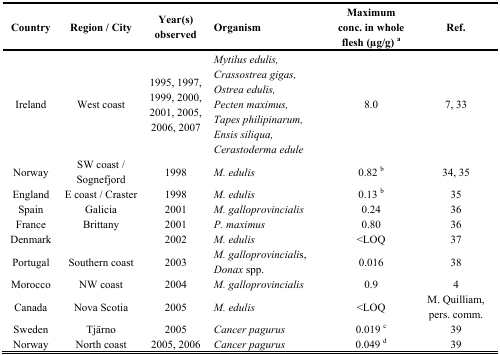
<table><thead><tr><td><b>Country</b></td><td><b>Region / City</b></td><td><b>Year(s) observed</b></td><td><b>Organism</b></td><td><b>Maximum conc. in whole flesh (μg/g)a</b></td><td><b>Ref.</b></td></tr></thead><tbody><tr><td>Ireland</td><td>West coast</td><td>1995, 1997, 1999, 2000, 2001, 2005, 2006, 2007</td><td><i>Mytilus edulis,Crassostrea gigas,Ostrea edulis,Pecten maximus, Tapes philipinarum, Ensis siliqua, Cerastoderma edule</i></td><td>8.0</td><td>7, 33</td></tr><tr><td>Norway</td><td>SW coast / Sognefjord</td><td>1998</td><td><i>M. edulis</i></td><td>0.82b</td><td>34, 35</td></tr><tr><td>England</td><td>E coast / Craster</td><td>1998</td><td><i>M. edulis</i></td><td>0.13b</td><td>35</td></tr><tr><td>Spain</td><td>Galicia</td><td>2001</td><td><i>M. galloprovincialis</i></td><td>0.24</td><td>36</td></tr><tr><td>France</td><td>Brittany</td><td>2001</td><td><i>P. maximus</i></td><td>0.80</td><td>36</td></tr><tr><td>Denmark</td><td></td><td>2002</td><td><i>M. edulis</i></td><td>&lt;LOQ</td><td>37</td></tr><tr><td>Portugal</td><td>Southern coast</td><td>2003</td><td><i>M. galloprovinciali</i>s, <i>Donax</i> spp.</td><td>0.016</td><td>38</td></tr><tr><td>Morocco</td><td>NW coast</td><td>2004</td><td><i>M. galloprovincialis</i></td><td>0.9</td><td>4</td></tr><tr><td>Canada</td><td>Nova Scotia</td><td>2005</td><td><i>M. edulis</i></td><td>&lt;LOQ</td><td>M. Quilliam, pers. comm.</td></tr><tr><td>Sweden</td><td>Tjärno</td><td>2005</td><td><i>Cancer pagurus</i></td><td>0.019c</td><td>39</td></tr><tr><td>Norway</td><td>North coast</td><td>2005, 2006</td><td><i>Cancer pagurus</i></td><td>0.049d</td><td>39</td></tr></tbody></table>